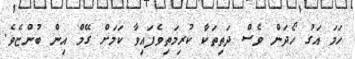
ހަމަ އަގު ހޯދަން ވެސް ދަތިތަކާ ކުރިމަތިވެފައިވާ ކަމަށް ގޭމް އިން ބުންޏެވެ.